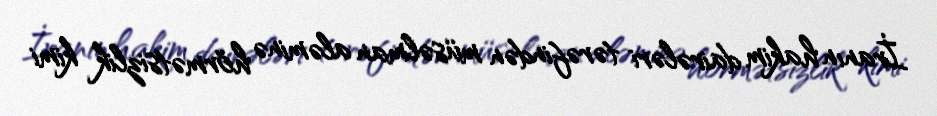
İranın hakim dairələri tərəfindən müsəlman aləminə hörmətsizlik kimi